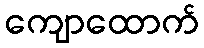
ကျောထောက်